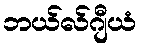
ဘယ်လ်ဂျီယံ